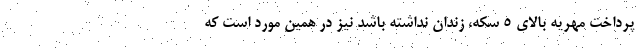
پرداخت مهریه بالای ۵ سکه، زندان نداشته باشد نیز در همین مورد است که